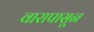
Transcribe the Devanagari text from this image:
वारापासून